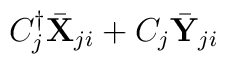
{ C^{\dag}_j {\bar {\bf X}}_{ji} + C_j {\bar {\bf Y}}_{ji} }